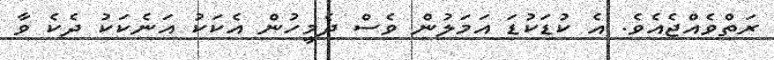
ރަތްވެއްޖެއެވެ. އެ ކުޑަކުޑަ އަމަލުން ވެސް ދެމީހުން އެކަކު އަނެކަކު ދެކެ ވާ